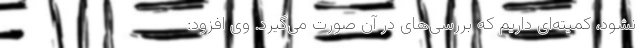
نشود، کمیته‌‌‌ای داریم که بررسی‌های در آن صورت می‌گیرد. وی افزود: